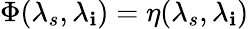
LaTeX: \Phi(\lambda_{s},\lambda_{\mathbf{i}})=\eta(\lambda_{s},\lambda_{\mathbf{i}})